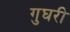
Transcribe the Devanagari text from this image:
गुघरी